Civil Veterinary Department. Central Provinces & Berar 1932-41 - 1932-1941
Year: 1932
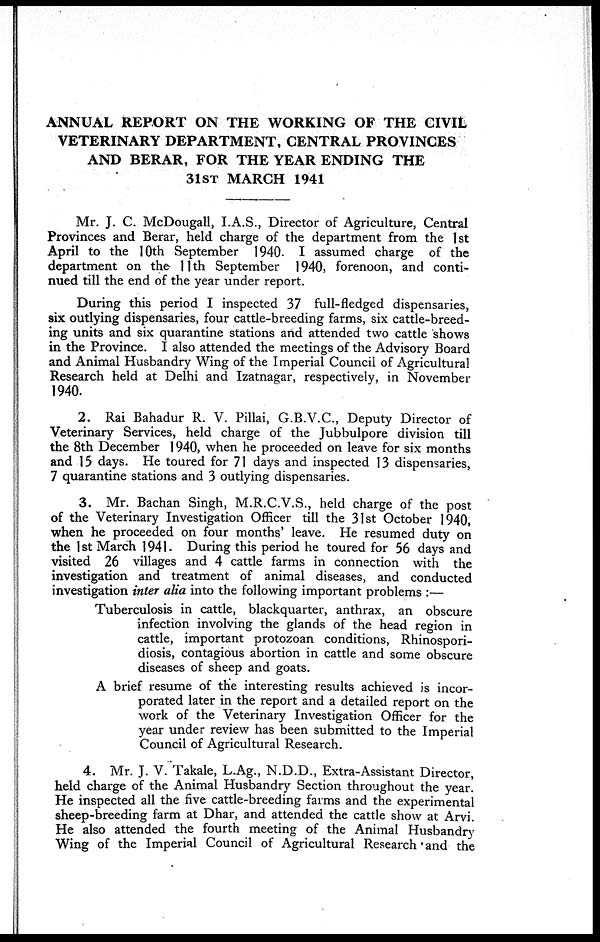
ANNUAL REPORT ON THE WORKING OF THE CIVIL
VETERINARY DEPARTMENT, CENTRAL PROVINCES
AND BERAR, FOR THE YEAR ENDING THE
31 ST MARCH 1941
Mr. J. C. McDougall, I.A.S., Director of Agriculture, Central
Provinces and Berar, held charge of the department from the 1st
April to the 10th September 1940. I assumed charge of the
department on the 11th September 1940, forenoon, and conti-
nued till the end of the year under report.
During this period I inspected 37 full-fledged dispensaries,
six outlying dispensaries, four cattle-breeding farms, six cattle-breed-
ing units and six quarantine stations and attended two cattle shows
in the Province. I also attended the meetings of the Advisory Board
and Animal Husbandry Wing of the Imperial Council of Agricultural
Research held at Delhi and Izatnagar, respectively, in November
1940.
2. Rai Bahadur R. V. Pillai, G.B.V.C., Deputy Director of
Veterinary Services, held charge of the Jubbulpore division till
the 8th December 1940, when he proceeded on leave for six months
and 15 days. He toured for 71 days and inspected 13 dispensaries,
7 quarantine stations and 3 outlying dispensaries.
3. Mr. Bachan Singh, M.R.C.V.S., held charge of the post
of the Veterinary Investigation Officer till the 31st October 1940,
when he proceeded on four months' leave. He resumed duty on
the 1st March 1941. During this period he toured for 56 days and
visited 26 villages and 4 cattle farms in connection with the
investigation and treatment of animal diseases, and conducted
investigation inter alia into the following important problems :—
Tuberculosis in cattle, blackquarter, anthrax, an obscure
infection involving the glands of the head region in
cattle, important protozoan conditions, Rhinospori-
diosis, contagious abortion in cattle and some obscure
diseases of sheep and goats.
A brief resume of the interesting results achieved is incor-
porated later in the report and a detailed report on the
work of the Veterinary Investigation Officer for the
year under review has been submitted to the Imperial
Council of Agricultural Research.
4. Mr. J. V. Takale, L.Ag., N.D.D., Extra-Assistant Director,
held charge of the Animal Husbandry Section throughout the year.
He inspected all the five cattle-breeding farms and the experimental
sheep-breeding farm at Dhar, and attended the cattle show at Arvi.
He also attended the fourth meeting of the Animal Husbandry
Wing of the Imperial Council of Agricultural Research and the